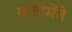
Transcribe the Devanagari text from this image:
क्लीमेंते